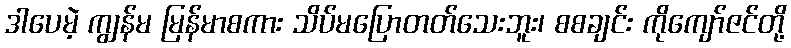
ဒါပေမဲ့ ကျွန်မ မြန်မာစကား သိပ်မပြောတတ်သေးဘူး၊ စစချင်း ကိုကျော်ဇင်တို့